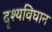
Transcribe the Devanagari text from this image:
दृश्यविघान